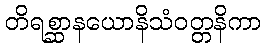
တိရစ္ဆာနယောနိသံဝတ္တနိကာ